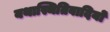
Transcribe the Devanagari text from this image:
यथास्थितिवादियों